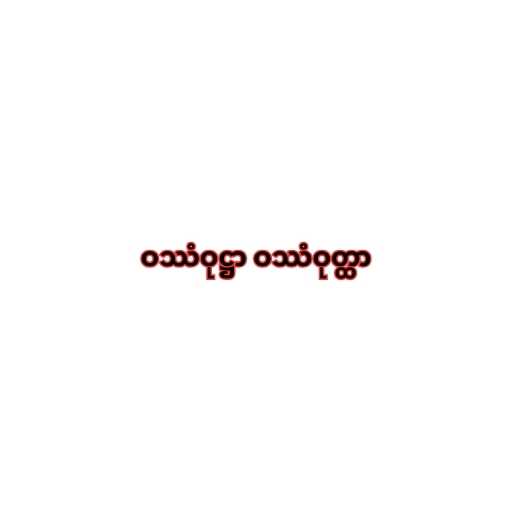
ဝဿံဝုဋ္ဌာ ဝဿံဝုတ္ထာ